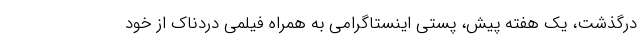
درگذشت، یک هفته پیش، پستی اینستاگرامی به همراه فیلمی دردناک از خود